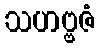
သဟဗ္ဗဇံ